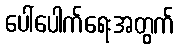
ပေါ်ပေါက်ရေးအတွက်